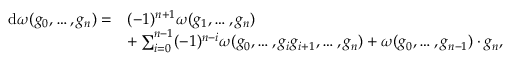
\begin{array} { r l } { \mathrm { d } \omega ( g _ { 0 } , \dots , g _ { n } ) = } & { ( - 1 ) ^ { n + 1 } \omega ( g _ { 1 } , \dots , g _ { n } ) } \\ & { + \sum _ { i = 0 } ^ { n - 1 } ( - 1 ) ^ { n - i } \omega ( g _ { 0 } , \dots , g _ { i } g _ { i + 1 } , \dots , g _ { n } ) + \omega ( g _ { 0 } , \dots , g _ { n - 1 } ) \cdot g _ { n } , } \end{array}